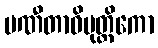
ပဏီတာဓိမုတ္တိကော